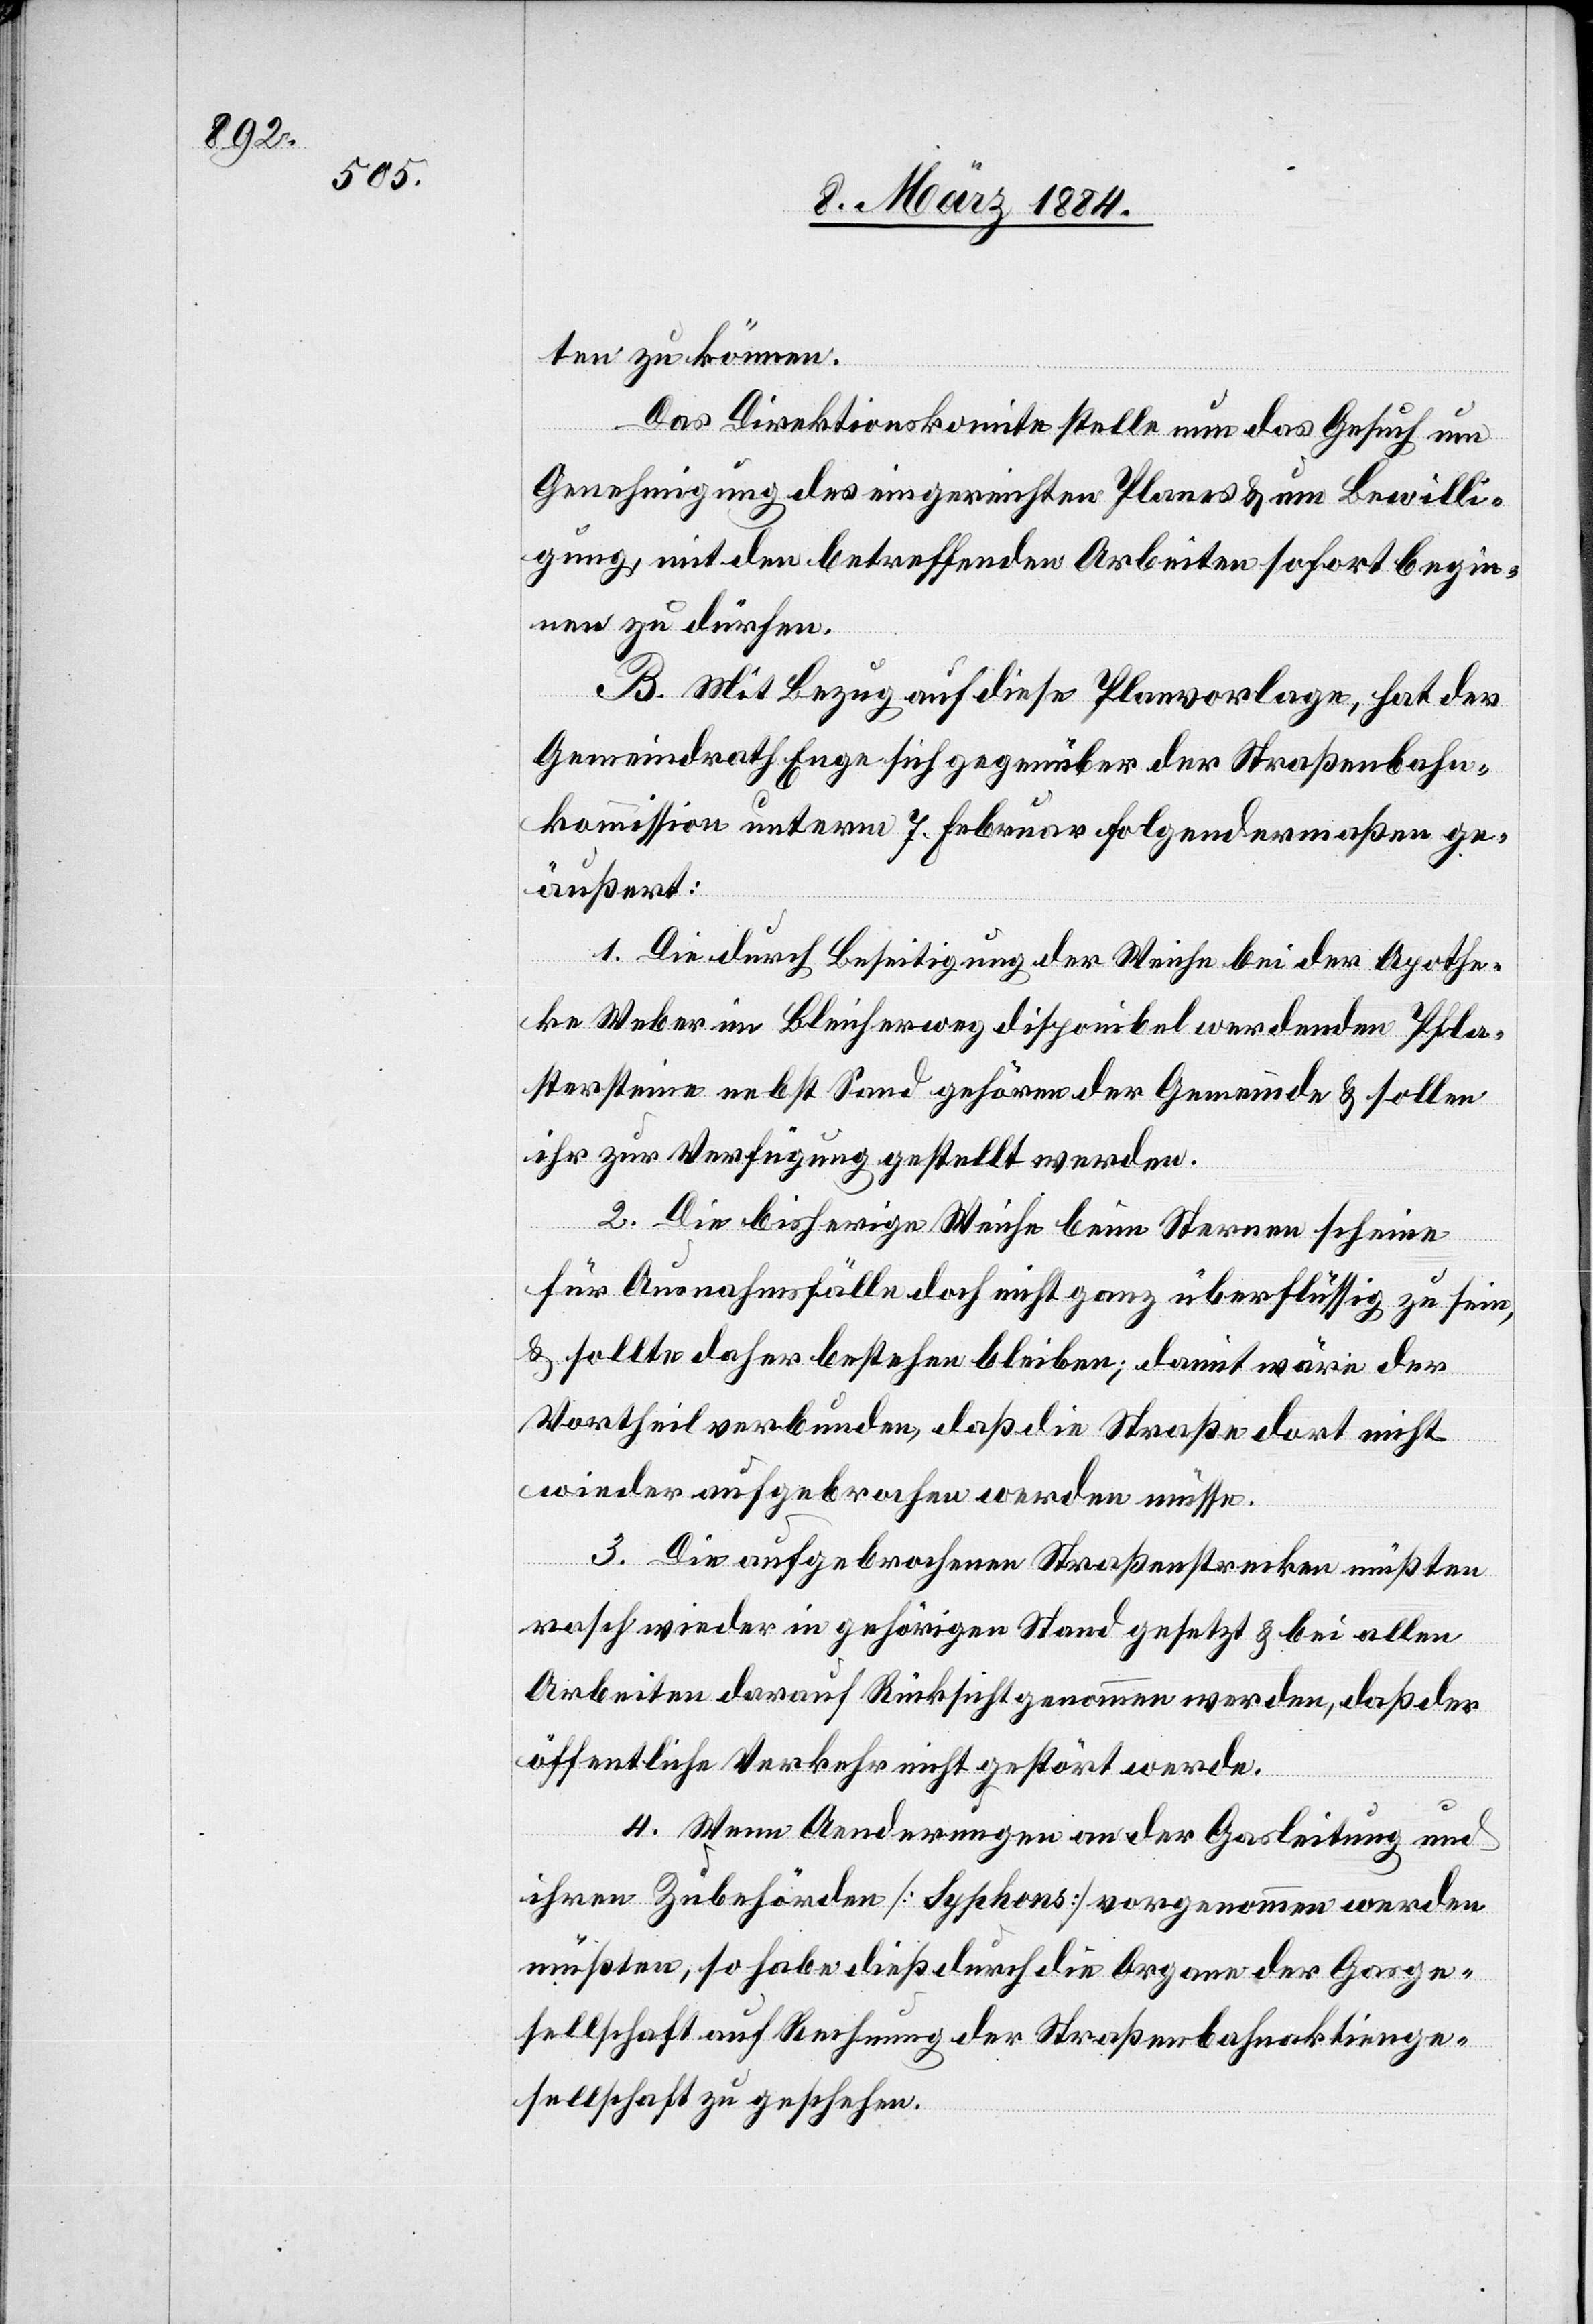
ten zu können.
Das Direktionskomite stelle nun das Gesuch um
Genehmigung des eingereichten Planes & um Bewilli¬
gung, mit den betreffenden Arbeiten sofort begin¬
nen zu dürfen.
B. Mit Bezug auf diese Planvorlage, hat der
Gemeindrath Enge sich gegenüber der Straßenbahn¬
kommission unterm 7. Februar folgendermaßen ge¬
äußert:
1. Die durch Beseitigung de Weiche bei der Apothe¬
ke Weber im Bleicherweg disponibel werdenden Pfla¬
sterseine nebst Sand gehören der Gemeinde & sollen
ihr zur Verfügung gestellt werden.
2. Die bisherigen Weichen beim Sternen scheinen
für Ausnahmsfälle doch nicht ganz überflüssig zu sein,
& sollten daher bestehen bleiben; damit wäre der
Vortheil verbunden, daß die Straße dort nicht
wieder aufgebrochen werden müsse.
3. Die aufgebrochene Straßenstrecke müßte
rasch wieder in gehörigen Stand gesetzt & bei allen
Arbeiten darauf Rücksicht genommen werden, daß der
öffentliche Verkehr nicht gestört werde.
4. Wenn Aenderungen an der Gasleitung und
ihren Zubehörden [Syphons] vorgenommen werden
müßten, so habe dieß durch die Organe der Gasge¬
sellschaft auf Rechnung der Straßenbahnaktienge¬
sellschaft zu geschehen.